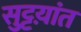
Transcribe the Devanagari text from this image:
सुट्टय़ांत